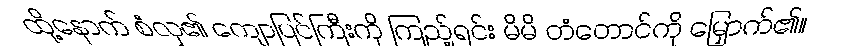
ထို့နောက် စံလှ၏ ကျောပြင်ကြီးကို ကြည့်ရင်း မိမိ တံတောင်ကို မြှောက်၏။